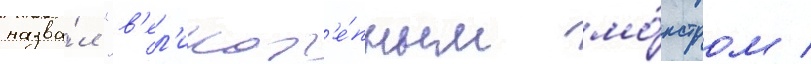
назва́л "в'ел'икол'е́пным мо́нстром /